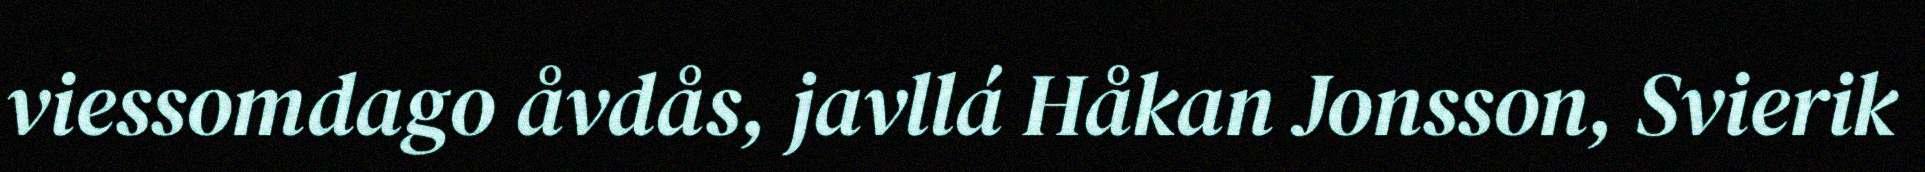
viessomdago åvdås, javllá Håkan Jonsson, Svierik